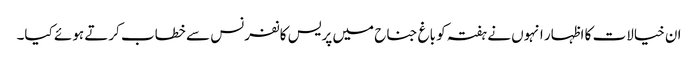
ان خیالات کا اظہار انہوں نے ہفتہ کو باغ جناح میں پریس کانفرنس سے خطاب کرتے ہوئے کیا۔